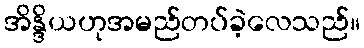
အိန္ဒိယဟုအမည်တပ်ခဲ့လေသည်။